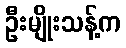
ဦးမျိုးသန့်က